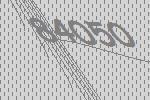
84050